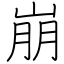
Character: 崩